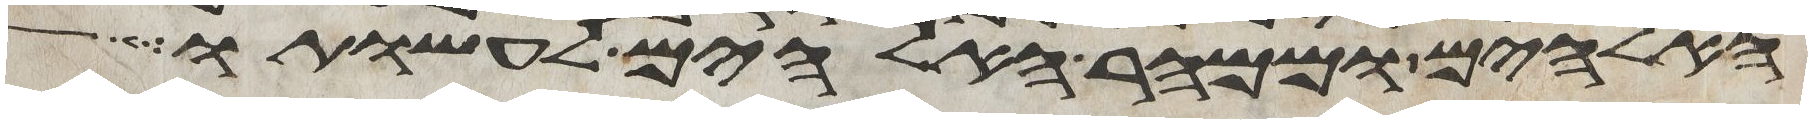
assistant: האלהים וממהר האלהים לעשותו